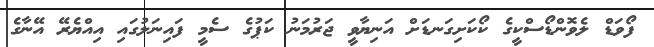
ފޯވަޑް ލެވޮންޑޯސްކީގެ ކޯކަށިގަނޑަށް އަނިޔާވީ ޖަރުމަނު ކަޕުގެ ސެމީ ފައިނަލުގައި އިއްޔެރޭ އޭނާގެ